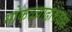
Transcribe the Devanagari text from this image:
मोकळ्याढाकळ्या